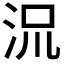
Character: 𬇡